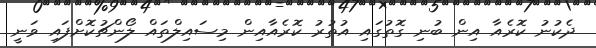
ދެކުނު ކޮރެއާ އިން ބުނި ގޮތުގައި އުތުރު ކޮރެއާއިން މިސައިލްތައް ލޯންޗުކޮށްފައި ވަނީ